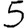
Digit: 5